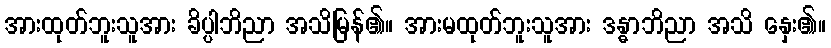
အားထုတ်ဘူးသူအား ခိပ္ပါဘိညာ အသိမြန်၏။ အားမထုတ်ဘူးသူအား ဒန္ဓာဘိညာ အသိ နှေး၏။